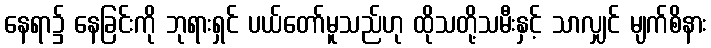
နေရာ၌ နေခြင်းကို ဘုရားရှင် ပယ်တော်မူသည်ဟု ထိုသတို့သမီးနှင့် သာလျှင် မျက်စိနား